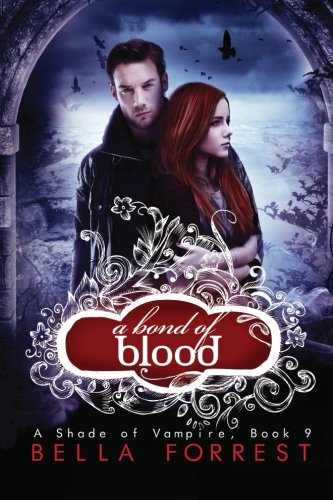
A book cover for A Shade of Vampire 9 (Volume 9); Bella Forrest; Romance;